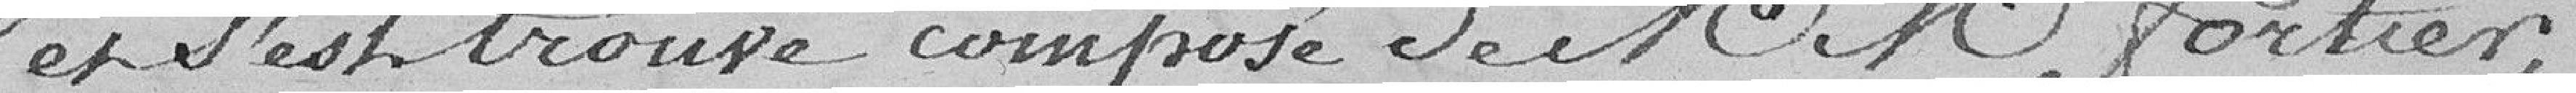
et s'est trouvé composé de Messieurs Fortier,